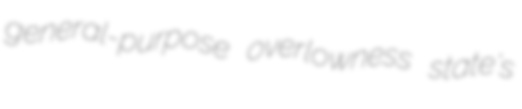
general-purpose overlowness state's